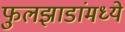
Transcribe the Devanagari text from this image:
फुलझाडांमध्ये